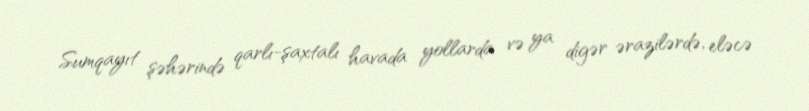
Sumqayıt şəhərində qarlı-şaxtalı havada yollarda və ya digər ərazilərdə, eləcə